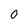
Character: 0